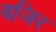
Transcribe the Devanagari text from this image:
बजिर